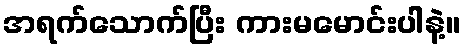
အရက်သောက်ပြီး ကားမမောင်းပါနဲ့။